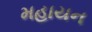
મહાયન